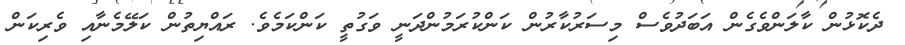
ދެކޮޅުން ކާލަންވެގެން އަބަދުވެސް މިސަރުކާރުން ކަންކުރަމުންދަނީ ވަގުތީ ކަންކަމެވެ. ރައްޔިތުން ކަލޭމެނާއި ވެރިކަން